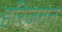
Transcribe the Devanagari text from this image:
हरिजनन